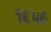
૧૬૫૯